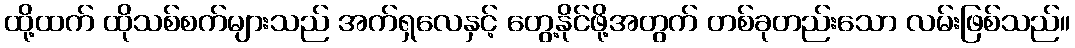
ထို့ထက် ထိုသစ်စက်များသည် အက်ရှလေနှင့် တွေ့နိုင်ဖို့အတွက် တစ်ခုတည်းသော လမ်းဖြစ်သည်။